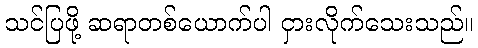
သင်ပြဖို့ ဆရာတစ်ယောက်ပါ ငှားလိုက်သေးသည်။